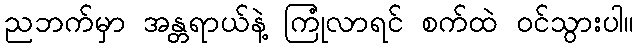
ညဘက်မှာ အန္တရာယ်နဲ့ ကြုံလာရင် စက်ထဲ ဝင်သွားပါ။